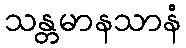
သန္တမာနသာနံ